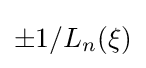
\pm 1/L_{n}(\xi )